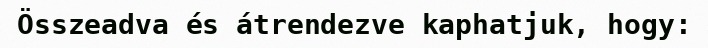
Összeadva és átrendezve kaphatjuk, hogy: